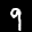
Label: 9